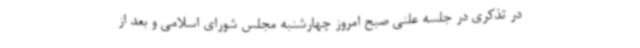
در تذکری در جلسه علنی صبح امروز چهارشنبه مجلس شورای اسلامی و بعد از